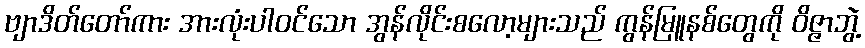
ဗျာဒိတ်တော်ကား အားလုံးပါ၀င်သော အွန်လိုင်းစလော့များသည် ကွန်မြူနစ်တွေကို ဝိဇ္ဇာဘွဲ့